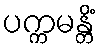
ပက္ကမန္တိံ